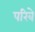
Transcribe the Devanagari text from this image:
परिबे